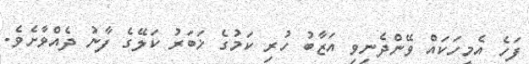
ފަހެ އެމީހަކައް ވޭންދެނިވި އަޒާބު ހުރި ކަމުގެ ޚަބަރު ކަލޭގެ ފާނު ދެއްވާށެވެ.